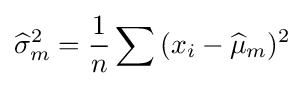
{\widehat {\sigma }}_{m}^{2}={\frac {1}{n}}\sum {(x_{i}-{\widehat {\mu }}_{m})^{2}}